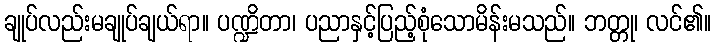
ချုပ်လည်းမချုပ်ချယ်ရာ။ ပဏ္ဍိတာ၊ ပညာနှင့်ပြည့်စုံသောမိန်းမသည်။ ဘတ္တု၊ လင်၏။